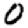
Digit: 0